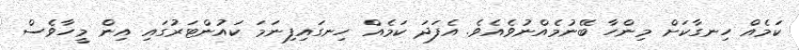
ކަމެއް ހިނގާކަށް މިންހާ ބޭނުމެއްނުވެއެވެ. އެފަދަ ކަމެއް ހިނގައިފިނަމަ ކައުންޓަރުގައި އިން މީހާވެސް